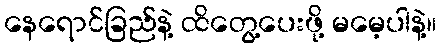
နေရောင်ခြည်နဲ့ ထိတွေ့ပေးဖို့ မမေ့ပါနဲ့။